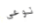
نوعي